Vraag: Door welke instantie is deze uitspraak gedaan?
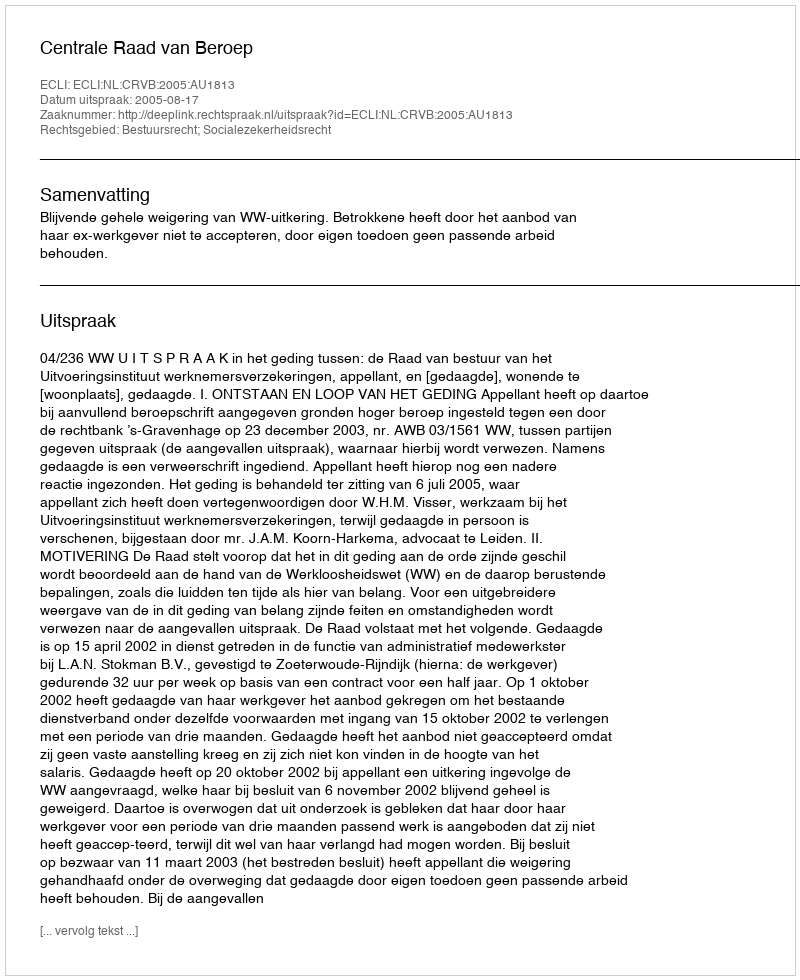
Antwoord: Centrale Raad van Beroep